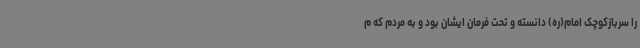
را سربازکوچک امام(ره) دانسته و تحت فرمان ایشان بود و به مردم که م